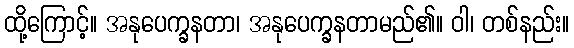
ထို့ကြောင့်။ အနုပေက္ခနတာ၊ အနုပေက္ခနတာမည်၏။ ဝါ၊ တစ်နည်း။